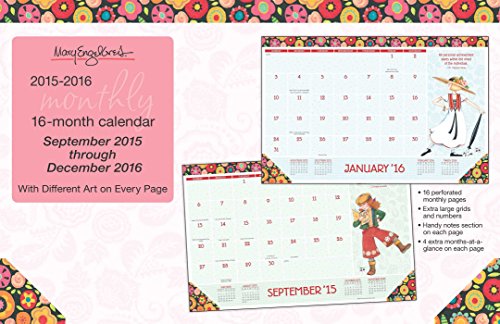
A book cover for Mary Engelbreit 2015-2016 16-Month Desk Pad Calendar; Mary Engelbreit; Calendars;